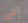
إلى